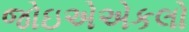
જોઇએએકલો